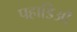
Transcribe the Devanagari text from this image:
पहाडिओं